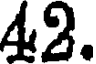
42.